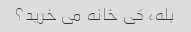
بله، کی خانه می خرید؟